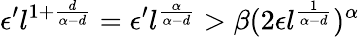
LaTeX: \epsilon^{\prime}l^{1+\frac{d}{\alpha-d}}=\epsilon^{\prime}l^{\frac{\alpha}{\alpha-d}}>\beta(2\epsilon l^{\frac{1}{\alpha-d}})^{\alpha}